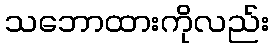
သဘောထားကိုလည်း